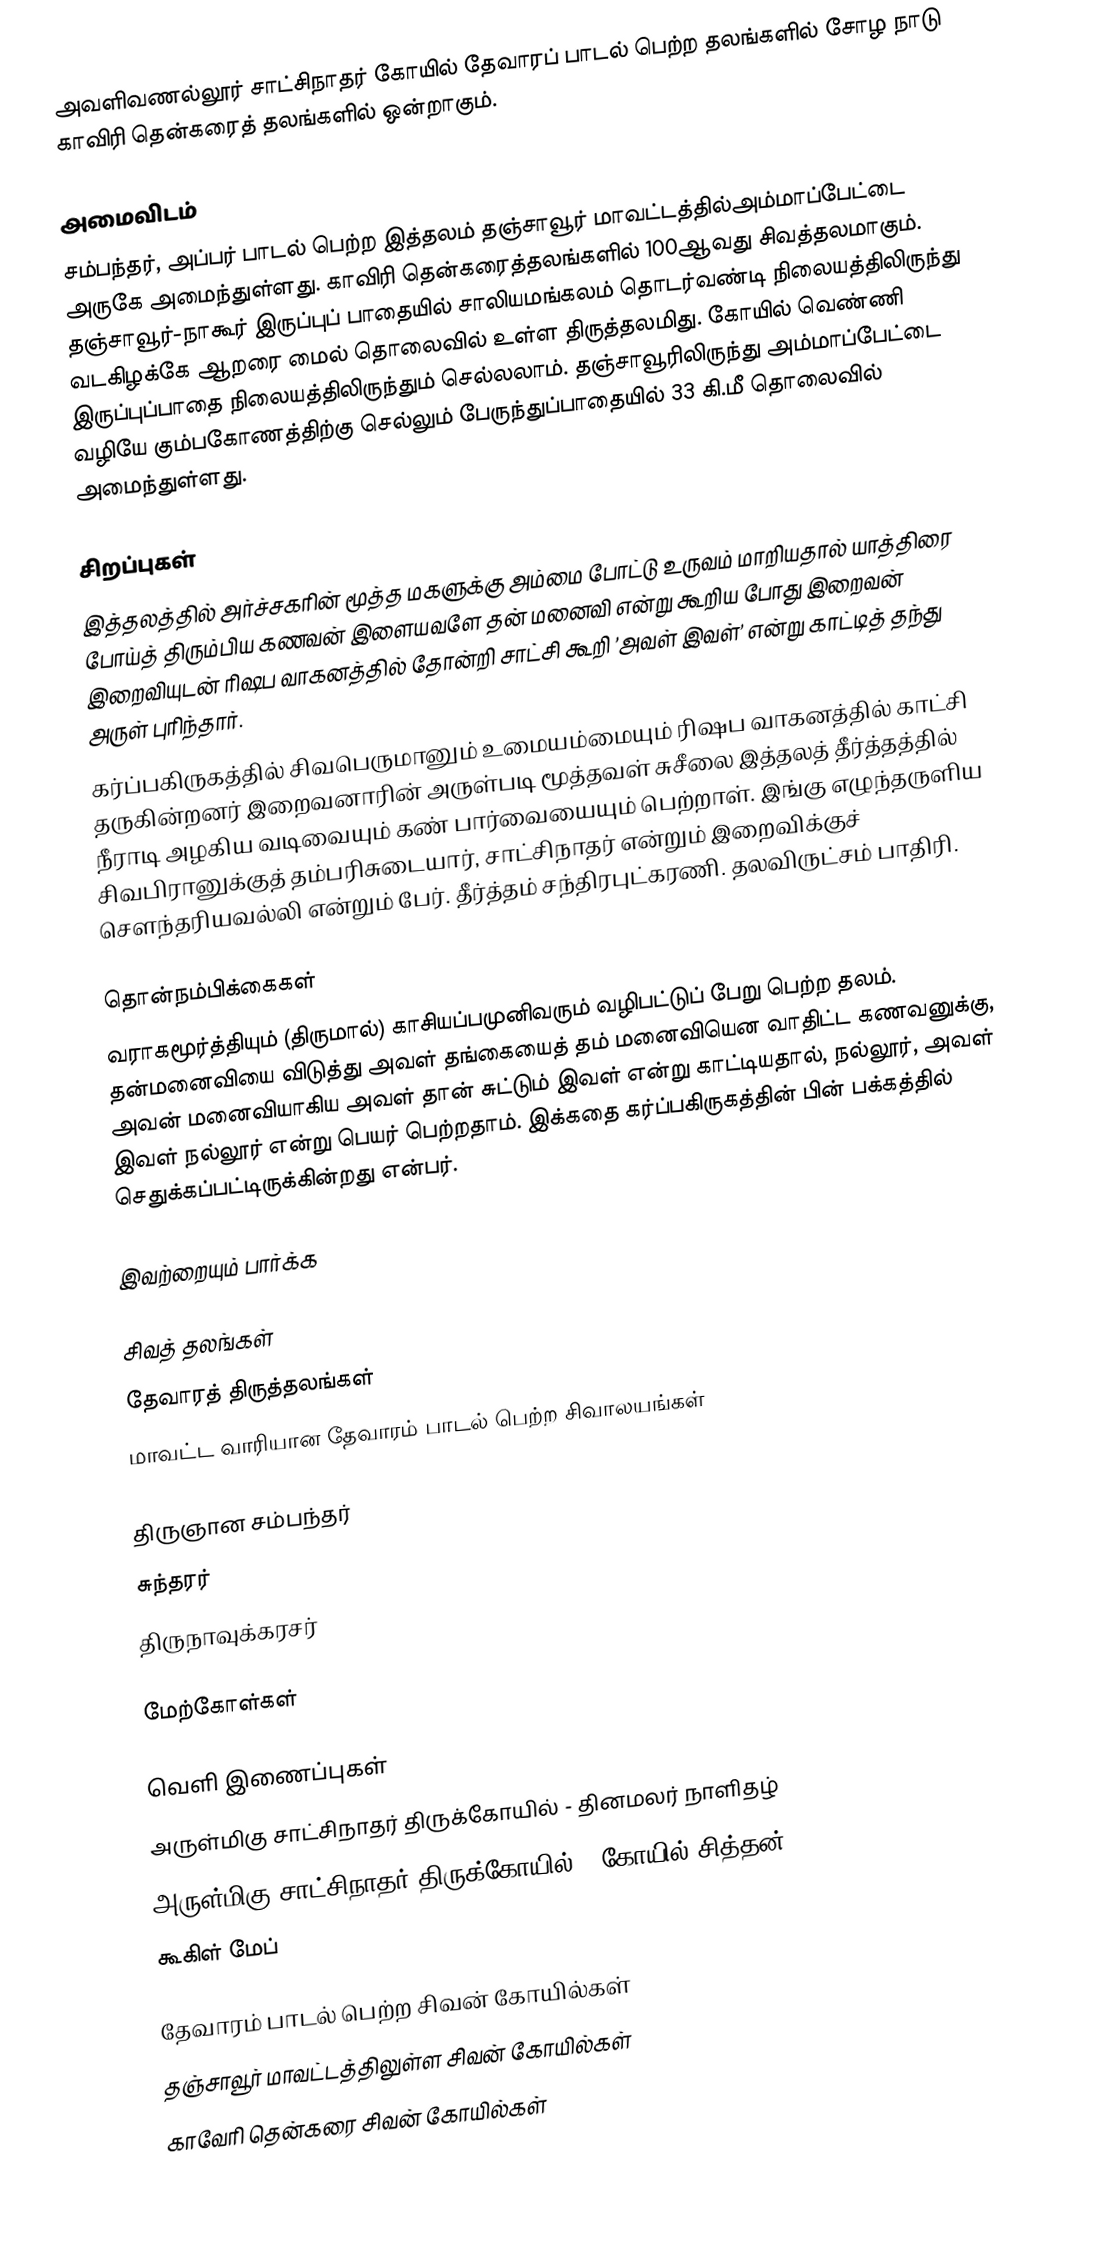
அவளிவணல்லூர் சாட்சிநாதர் கோயில் தேவாரப் பாடல் பெற்ற தலங்களில் சோழ நாடு காவிரி தென்கரைத் தலங்களில் ஒன்றாகும்.

அமைவிடம்
சம்பந்தர், அப்பர் பாடல் பெற்ற இத்தலம் தஞ்சாவூர் மாவட்டத்தில்அம்மாப்பேட்டை  அருகே  அமைந்துள்ளது. காவிரி தென்கரைத்தலங்களில் 100ஆவது சிவத்தலமாகும். தஞ்சாவூர்-நாகூர் இருப்புப் பாதையில் சாலியமங்கலம் தொடர்வண்டி நிலையத்திலிருந்து வடகிழக்கே ஆறரை மைல் தொலைவில் உள்ள திருத்தலமிது. கோயில் வெண்ணி இருப்புப்பாதை நிலையத்திலிருந்தும் செல்லலாம். தஞ்சாவூரிலிருந்து அம்மாப்பேட்டை வழியே கும்பகோணத்திற்கு செல்லும் பேருந்துப்பாதையில் 33 கி.மீ தொலைவில் அமைந்துள்ளது.

சிறப்புகள்
இத்தலத்தில் அர்ச்சகரின் மூத்த மகளுக்கு அம்மை போட்டு உருவம் மாறியதால் யாத்திரை போய்த் திரும்பிய கணவன் இளையவளே தன் மனைவி என்று கூறிய போது இறைவன் இறைவியுடன் ரிஷப வாகனத்தில் தோன்றி சாட்சி கூறி ’அவள் இவள்’ என்று காட்டித் தந்து அருள் புரிந்தார்.
கர்ப்பகிருகத்தில் சிவபெருமானும் உமையம்மையும் ரிஷப வாகனத்தில் காட்சி தருகின்றனர் இறைவனாரின் அருள்படி மூத்தவள் சுசீலை இத்தலத் தீர்த்தத்தில் நீராடி அழகிய வடிவையும் கண் பார்வையையும் பெற்றாள். இங்கு எழுந்தருளிய சிவபிரானுக்குத் தம்பரிசுடையார், சாட்சிநாதர் என்றும் இறைவிக்குச் செளந்தரியவல்லி என்றும் பேர். தீர்த்தம் சந்திரபுட்கரணி. தலவிருட்சம் பாதிரி.

தொன்நம்பிக்கைகள்
வராகமூர்த்தியும் (திருமால்) காசியப்பமுனிவரும் வழிபட்டுப் பேறு பெற்ற தலம். தன்மனைவியை விடுத்து அவள் தங்கையைத் தம் மனைவியென வாதிட்ட கணவனுக்கு, அவன் மனைவியாகிய அவள் தான் சுட்டும் இவள் என்று காட்டியதால், நல்லூர், அவள் இவள் நல்லூர் என்று பெயர் பெற்றதாம். இக்கதை கர்ப்பகிருகத்தின் பின் பக்கத்தில் செதுக்கப்பட்டிருக்கின்றது என்பர்.

இவற்றையும் பார்க்க

 சிவத் தலங்கள்
 தேவாரத் திருத்தலங்கள்
 மாவட்ட வாரியான தேவாரம் பாடல் பெற்ற சிவாலயங்கள்

 திருஞான சம்பந்தர்
 சுந்தரர்
 திருநாவுக்கரசர்

மேற்கோள்கள்

வெளி இணைப்புகள்
 அருள்மிகு சாட்சிநாதர் திருக்கோயில் - தினமலர் நாளிதழ்
 அருள்மிகு சாட்சிநாதர் திருக்கோயில் - கோயில் சித்தன்
 கூகிள் மேப்

தேவாரம் பாடல் பெற்ற சிவன் கோயில்கள்
தஞ்சாவூர் மாவட்டத்திலுள்ள சிவன் கோயில்கள்
காவேரி தென்கரை சிவன் கோயில்கள்